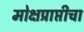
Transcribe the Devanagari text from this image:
मोक्षप्राप्तीचा